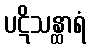
ပဋိသန္ထာရံ